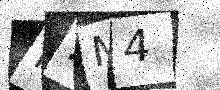
Text: P1M4